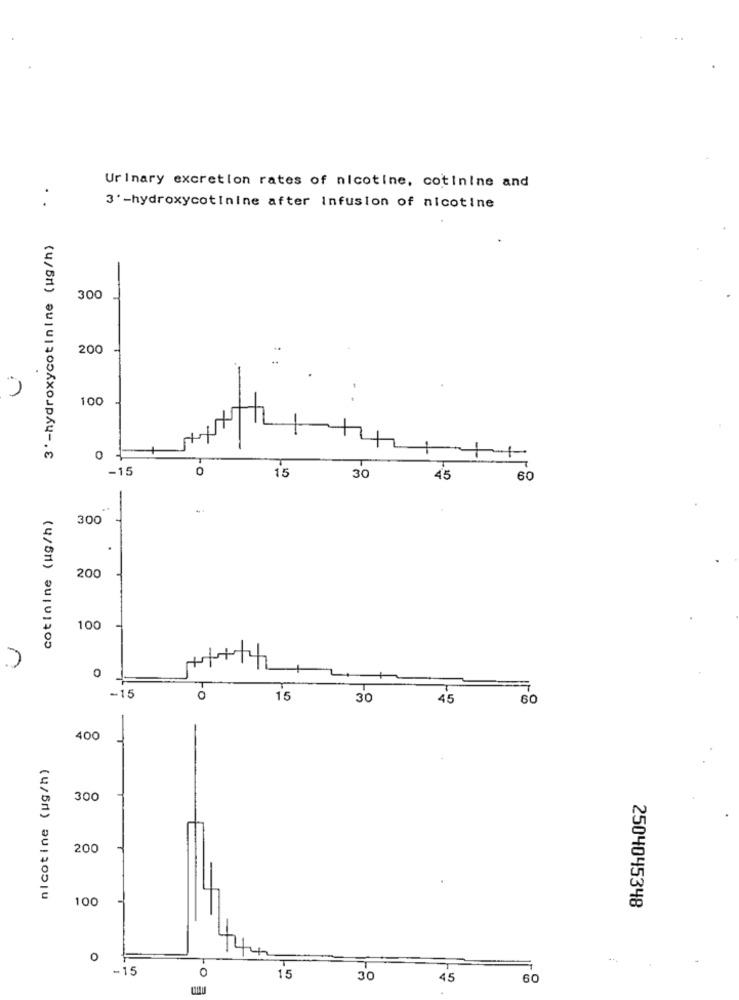
Urinary excretion rates of nicotine, cotinine and
.
3'-hydroxycotinine after Infusion of nicotine
3'-hydroxycotinine (ug/h)
300
200
100
O
-1
-15
0
15
30
45
10
60
cotinine (ug/h)
300
.
200
100
0
-15
0
15
30
45
O
400
nicotine (ug/h)
300
200
100
2504045348
O
-15
0
15
30
45
60